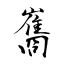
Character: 巂